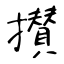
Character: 攅